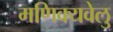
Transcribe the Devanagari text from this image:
मणिक्यवेलु